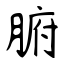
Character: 腑